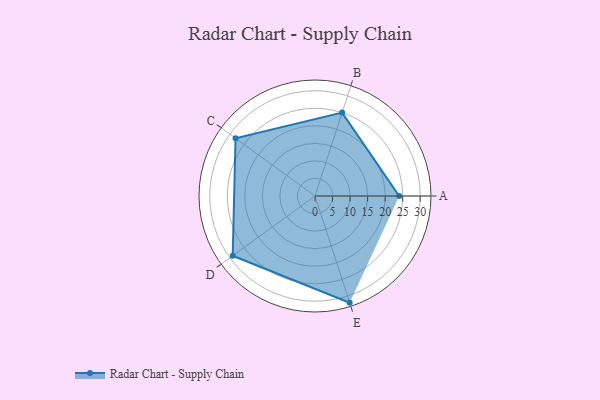
{"axis": {"x": "Skill", "y": "Score"}, "legend": ["Profile"], "data": [{"x": "A", "y": 24.0, "type": "Profile"}, {"x": "B", "y": 25.0, "type": "Profile"}, {"x": "C", "y": 28.0, "type": "Profile"}, {"x": "D", "y": 29.0, "type": "Profile"}, {"x": "E", "y": 32.0, "type": "Profile"}]}